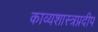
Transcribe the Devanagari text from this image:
काव्यशास्त्रप्रदीप